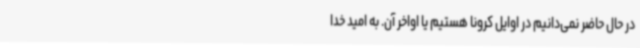
در حال حاضر نمی‌دانیم در اوایل کرونا هستیم یا اواخر آن. به امید خدا